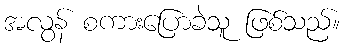
အလွန် စကားပြောခဲသူ ဖြစ်သည်။